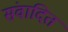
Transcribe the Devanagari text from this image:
संवादित